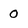
Character: 0